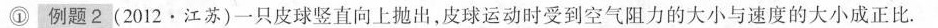
1 例题2 (2012·江苏)一只皮球竖直向上抛出，皮球运动时受到空气阻力的大小与速度的大小成正比.